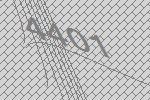
4401